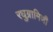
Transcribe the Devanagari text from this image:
रघुग्रामिणी